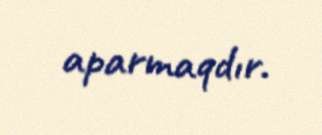
aparmaqdır.